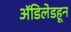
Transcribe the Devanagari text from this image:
ॲडिलेडहून